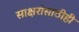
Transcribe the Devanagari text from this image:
साक्षरांसाठीही